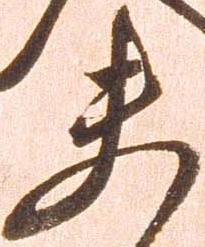
夫